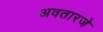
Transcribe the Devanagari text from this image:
अवतारजे